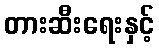
တားဆီးရေးနှင့်